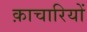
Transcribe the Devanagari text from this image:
क़ाचारियों